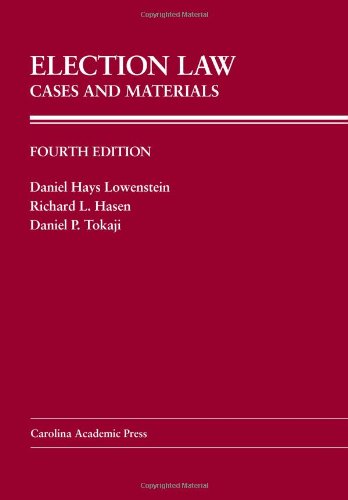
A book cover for Election Law: Cases And Materials (Carolina Academic Press Law Casebook); Daniel Hays Lowenstein; Law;